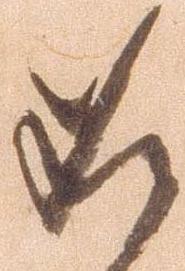
如